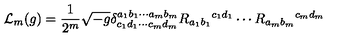
{ \cal L } _ { m } ( g ) = \frac { 1 } { 2 ^ { m } } \sqrt { - g } \delta _ { c _ { 1 } d _ { 1 } \cdots c _ { m } d _ { m } } ^ { a _ { 1 } b _ { 1 } \cdots a _ { m } b _ { m } } R _ { a _ { 1 } b _ { 1 } } { } ^ { c _ { 1 } d _ { 1 } } \cdots R _ { a _ { m } b _ { m } } { } ^ { c _ { m } d _ { m } }